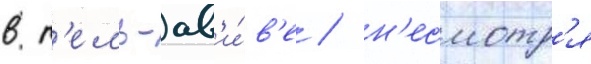
в т'ель-ав'и́в'е / н'есмотр'я